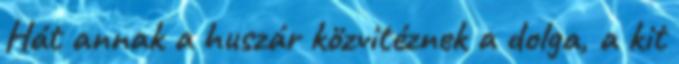
Hát annak a huszár közvitéznek a dolga, a kit